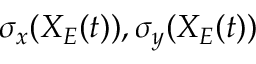
\sigma _ { x } ( X _ { E } ( t ) ) , \sigma _ { y } ( X _ { E } ( t ) )